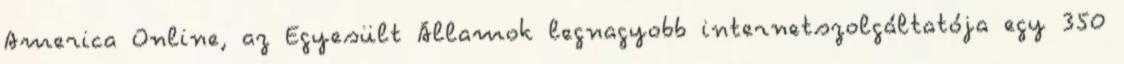
America Online, az Egyesült Államok legnagyobb internetszolgáltatója egy 350